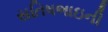
સતિષભાઇની